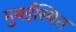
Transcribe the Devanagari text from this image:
मुबईस्थित